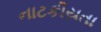
નાટકીયતા